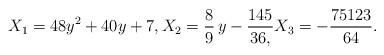
LaTeX: \begin{align*} X_1 = 48y^2+40y+7, X_2=\frac{8}{9} \,y - \frac{145}{36,} X_3 = - \frac{75123}{64} . \end{align*}